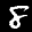
Label: 8